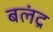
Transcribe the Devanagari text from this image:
बलंद्र